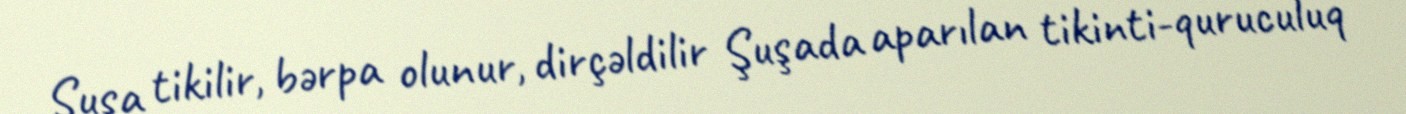
Şuşa tikilir, bərpa olunur, dirçəldilir Şuşada aparılan tikinti-quruculuq